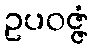
ဥပဝဇ္ဇံ